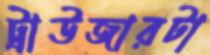
ট্রাউজারটা